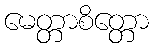
မေတ္တာစိတ္တော